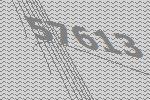
57613